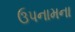
ઉપનામના